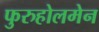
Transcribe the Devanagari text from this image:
फुरुहोलमेन